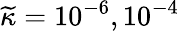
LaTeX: \widetilde{\kappa}=10^{-6},10^{-4}